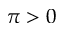
\pi > 0